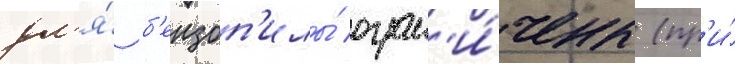
дл'я́ б'ензоп'илы́ огран'и́чены (пр'и́